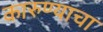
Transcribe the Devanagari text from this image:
कारुण्याचा